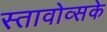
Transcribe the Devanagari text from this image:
स्तावोव्सके